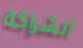
الشراكة